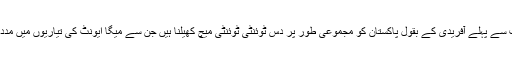
عالمی کپ سے پہلے آفریدی کے بقول پاکستان کو مجموعی طور پر دس ٹوئنٹی ٹوئنٹی میچ کھیلنا ہیں جن سے میگا ایونٹ کی تیاریوں میں مدد ملے گی۔